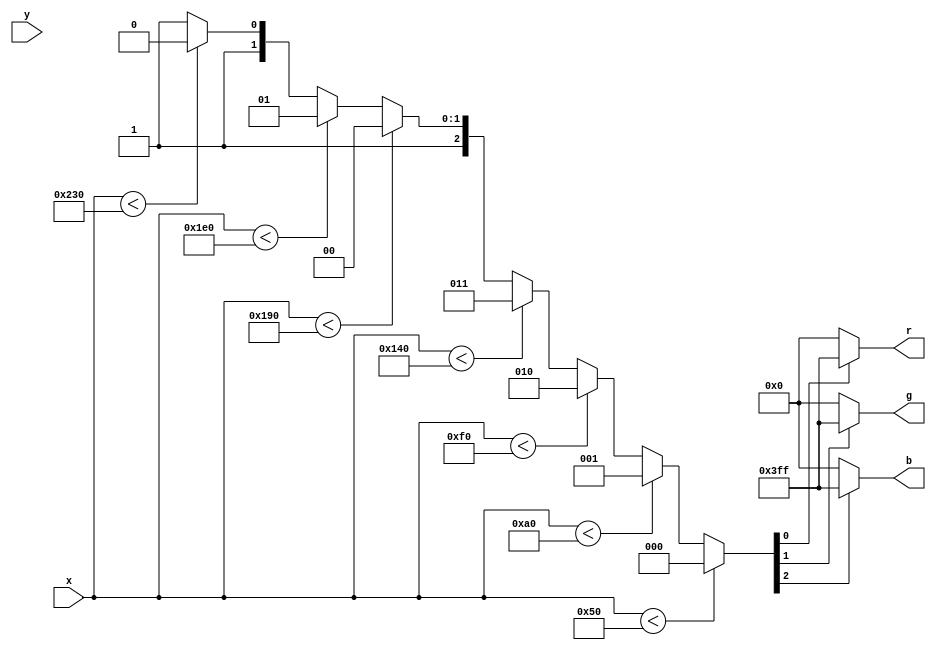
// maps (x, y) to colors;
// by inspection, the screen is colored with solid vertical bars.

module bars(x, y, r, g, b);

input [9:0] x, y;
output [9:0] r, g, b;

reg [2:0] idx;

assign r = idx[0] ? 10'h3ff : 10'h000;
assign g = idx[1] ? 10'h3ff : 10'h000;
assign b = idx[2] ? 10'h3ff : 10'h000;

initial idx <= 3'd0;

always @ (x) begin
	if (x < 80) idx <= 3'd0; // black
	else if (x < 160) idx <= 3'd1; // red
	else if (x < 240) idx <= 3'd2; // green
	else if (x < 320) idx <= 3'd3; // r+g = yellow
	else if (x < 400) idx <= 3'd4; // blue
	else if (x < 480) idx <= 3'd5; // r+b = magenta
	else if (x < 560) idx <= 3'd6; // g+b = cyan
	else idx <= 3'd7; // white
end

endmodule